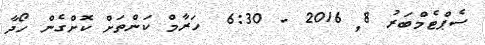
ސެޕްޓެމްބަރު 8